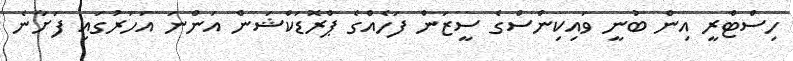
ހިސްޓްރީ އިން ބުނީ ވައިކިންސްގެ ސީޒަން ފަހެއްގެ ޕްރޮޑަކްޝަން އަންނަ އަހަރުގައި ފަށާނެ